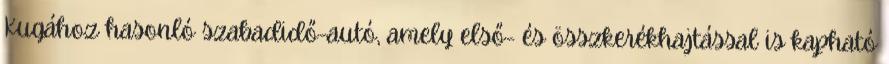
Kugához hasonló szabadidő-autó, amely első- és összkerékhajtással is kapható